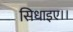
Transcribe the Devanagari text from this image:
सिधाइए।।